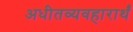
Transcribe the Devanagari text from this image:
अधीतव्यवहारार्थं